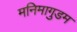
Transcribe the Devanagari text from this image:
मनिमागुडम